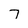
Character: 7